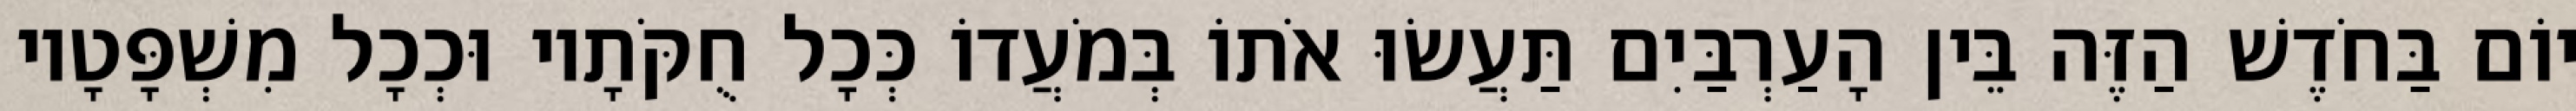
יוֹם בַּחֹדֶשׁ הַזֶּה בֵּין הָעַרְבַּיִם תַּעֲשׂוּ אֹתוֹ בְּמֹעֲדוֹ כְּכָל חֻקֹּתָיו וּכְכָל מִשְׁפָּטָיו